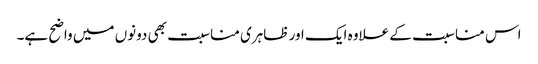
اس مناسبت کے علاوہ ایک اور ظاہری مناسبت بھی دونوں میں واضح ہے۔